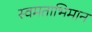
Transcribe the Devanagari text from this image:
स्वमताभिमान